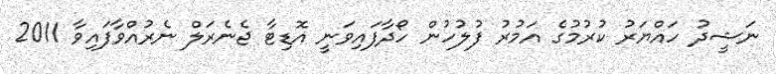
ނަޝީދު ހައްޔަރު ކުރުމުގެ އަމުރު ފުލުހުން ހޯދާފައިވަނީ އޮޑިޓާ ޖެނެރަލް ނެރުއްވާފައިވާ 2011